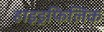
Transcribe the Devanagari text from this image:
हाइड्रफिलिक